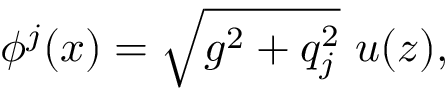
\phi ^ { j } ( x ) = \sqrt { g ^ { 2 } + q _ { j } ^ { 2 } } \ u ( z ) ,